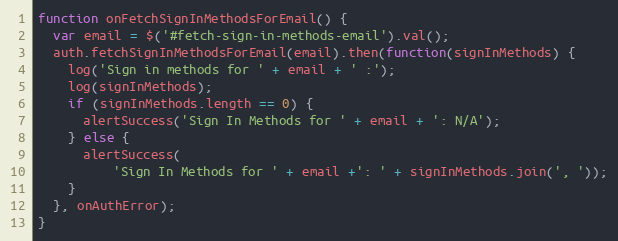
Language: JavaScript
function onFetchSignInMethodsForEmail() {
  var email = $('#fetch-sign-in-methods-email').val();
  auth.fetchSignInMethodsForEmail(email).then(function(signInMethods) {
    log('Sign in methods for ' + email + ' :');
    log(signInMethods);
    if (signInMethods.length == 0) {
      alertSuccess('Sign In Methods for ' + email + ': N/A');
    } else {
      alertSuccess(
          'Sign In Methods for ' + email +': ' + signInMethods.join(', '));
    }
  }, onAuthError);
}